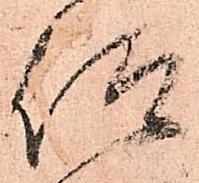
仰